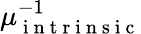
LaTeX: \mu_{\mathrm{~i~n~t~r~i~n~s~i~c~}}^{-1}